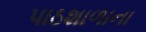
પાઠશાળાના